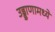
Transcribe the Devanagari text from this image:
उड्डाणामध्ये